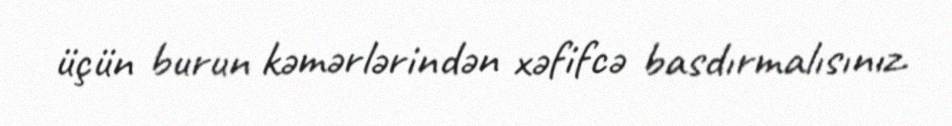
üçün burun kəmərlərindən xəfifcə basdırmalısınız.